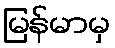
မြန်မာမှ